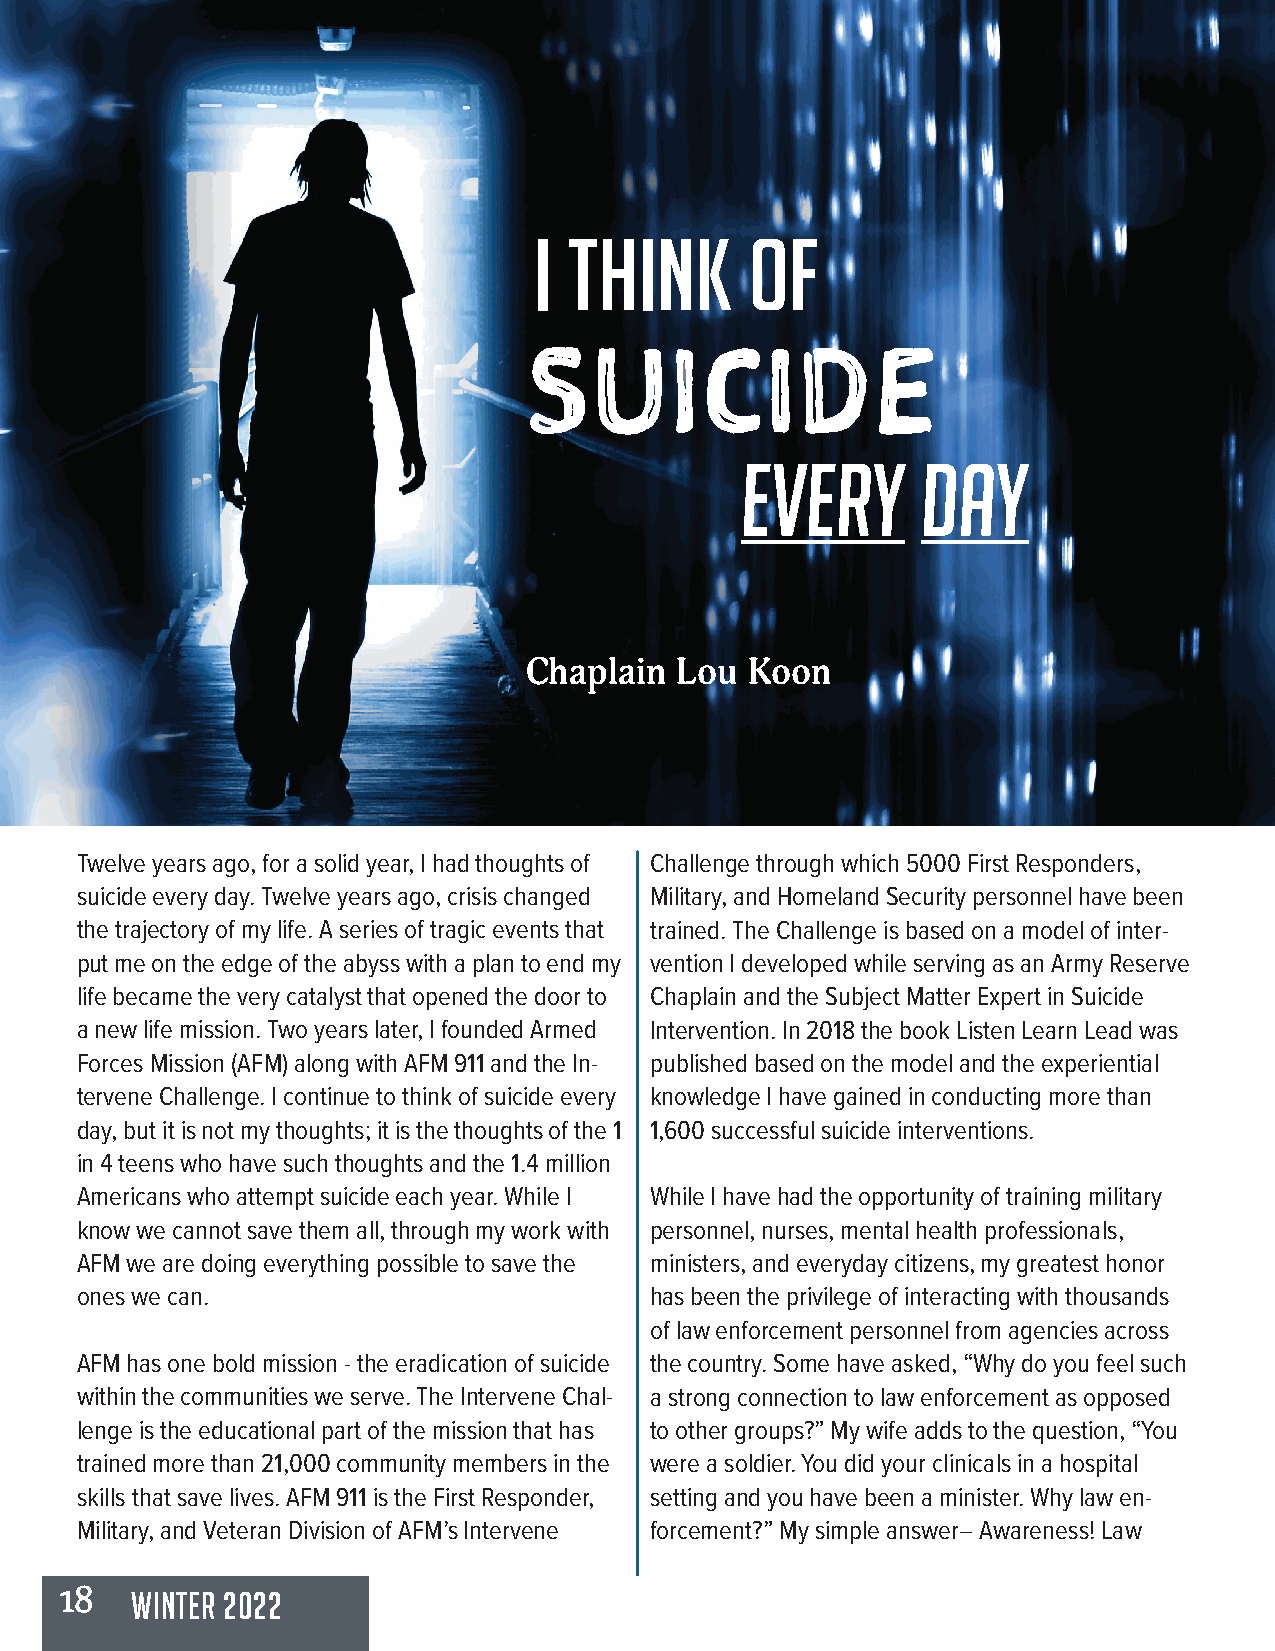
I  Think       of
 SUICIDE
 Every       Day
 Chaplain  Lou Koon
 Twelve years ago, for a solid year, I had thoughts of Challenge through which 5000 First Responders,
 suicide every day. Twelve years ago, crisis changed Military, and Homeland Security personnel have been
 the trajectory of my life. A series of tragic events that trained. The Challenge is based on a model of inter-
 put me on the edge of the abyss with a plan to end my vention I developed while serving as an Army Reserve
 life became the very catalyst that opened the door to Chaplain and the Subject Matter Expert in Suicide
 a new life mission. Two years later, I founded Armed Intervention. In 2018 the book Listen Learn Lead was
 Forces Mission (AFM) along with AFM 911 and the In- published based on the model and the experiential
 tervene Challenge. I continue to think of suicide every knowledge I have gained in conducting more than
 day, but it is not my thoughts; it is the thoughts of the 1 1,600 successful suicide interventions.
 in 4 teens who have such thoughts and the 1.4 million
 Americans who attempt suicide each year. While I While I have had the opportunity of training military
 know we cannot save them all, through my work with personnel, nurses, mental health professionals,
 AFM we are doing everything possible to save the ministers, and everyday citizens, my greatest honor
 ones we can.                          has been the privilege of interacting with thousands
 of law enforcement personnel from agencies across
 AFM has one bold mission - the eradication of suicide the country. Some have asked, “Why do you feel such
 within the communities we serve. The Intervene Chal- a strong connection to law enforcement as opposed
 lenge is the educational part of the mission that has to other groups?” My wife adds to the question, “You
 trained more than 21,000 community members in the were a soldier. You did your clinicals in a hospital
 skills that save lives. AFM 911 is the First Responder, setting and you have been a minister. Why law en-
 Military, and Veteran Division of AFM’s Intervene forcement?” My simple answer– Awareness! Law
 18   WINTER 2022